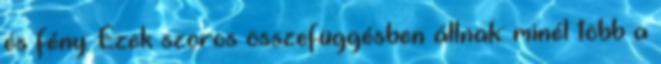
és fény. Ezek szoros összefüggésben állnak: minél több a